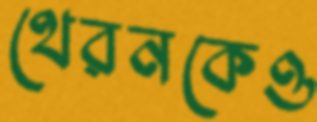
থেরনকেও